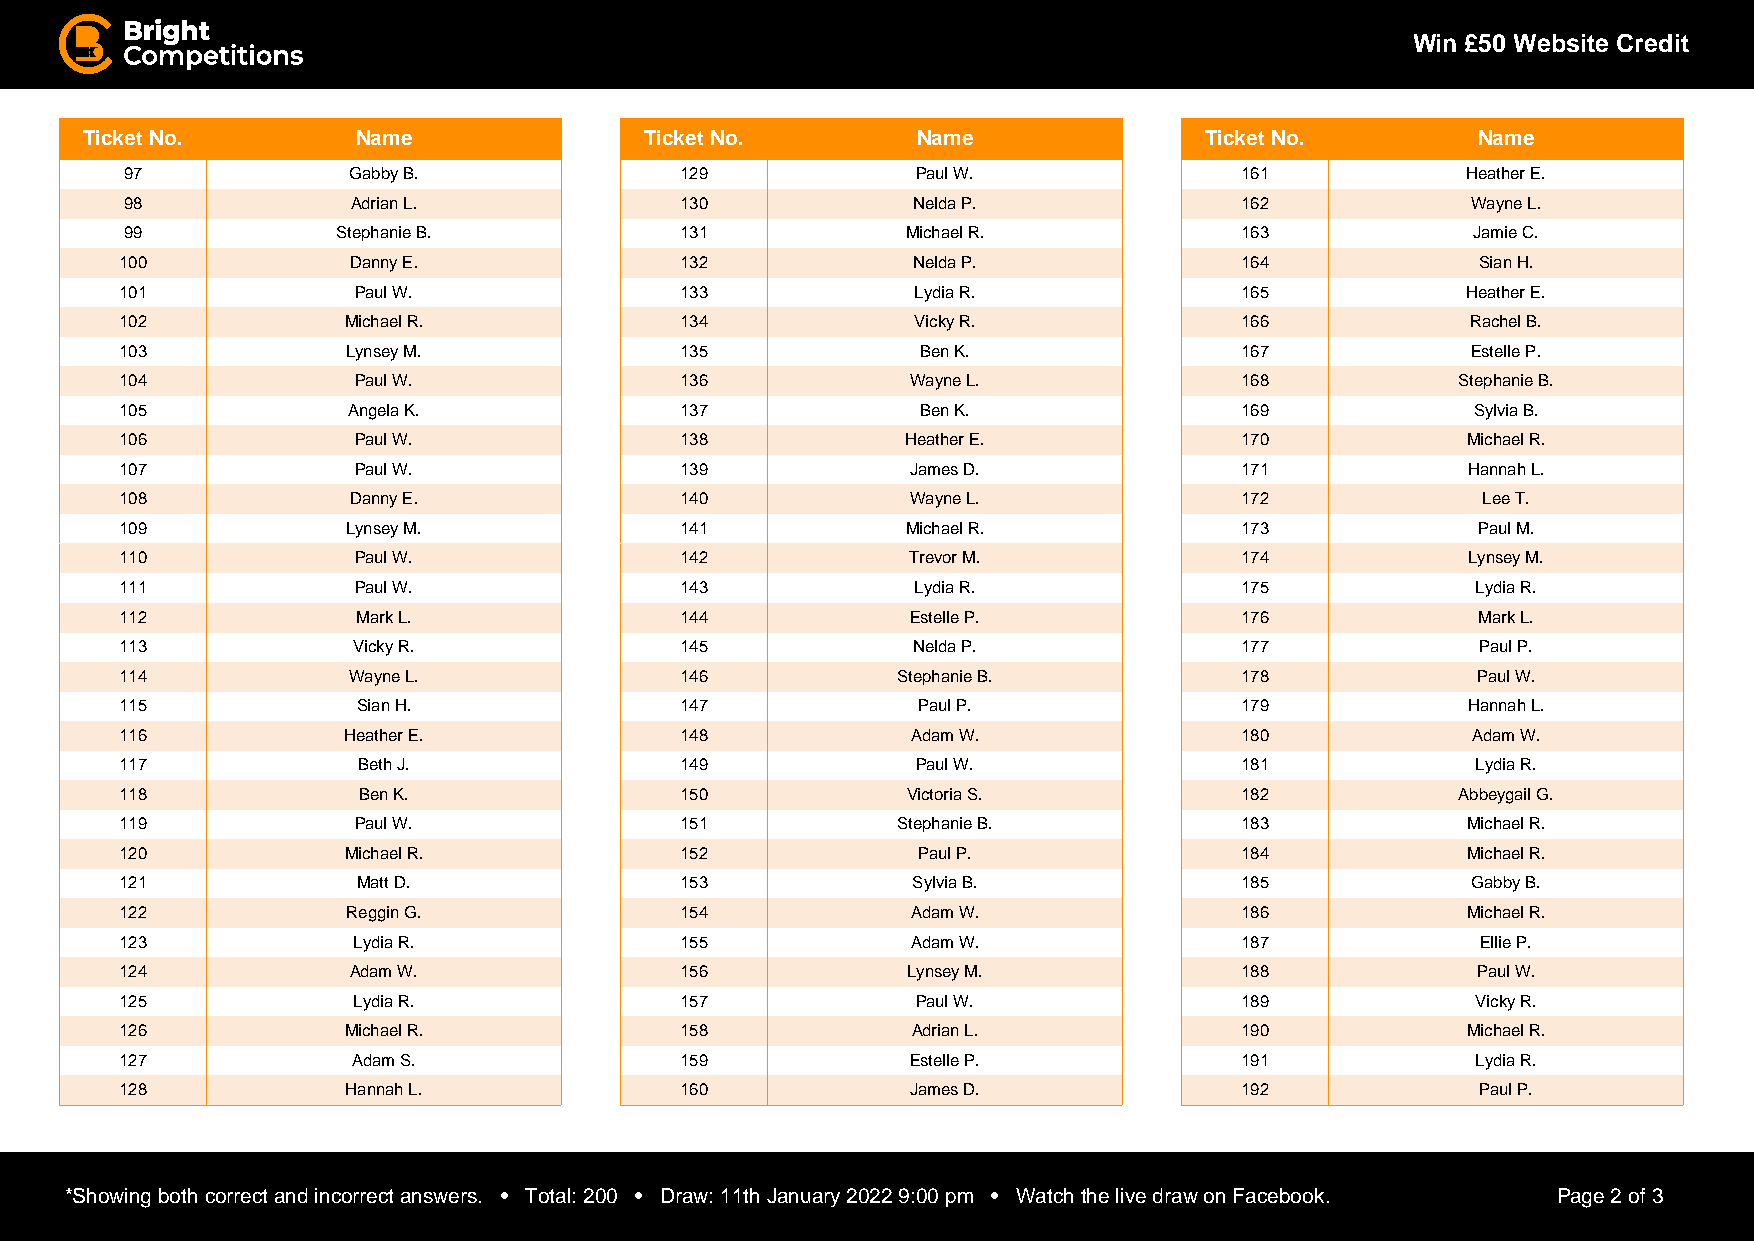
Win £50 Website Credit
 Ticket No.        Name               Ticket No.        Name               Ticket No.        Name
 97             Gabby B.              129             Paul W.              161            Heather E.
 98             Adrian L.             130            Nelda P.              162            Wayne L.
 99            Stephanie B.           131            Michael R.            163             Jamie C.
 100            Danny E.              132            Nelda P.              164             Sian H.
 101            Paul W.               133             Lydia R.             165            Heather E.
 102            Michael R.            134             Vicky R.             166            Rachel B.
 103            Lynsey M.             135             Ben K.               167            Estelle P.
 104            Paul W.               136            Wayne L.              168            Stephanie B.
 105            Angela K.             137             Ben K.               169             Sylvia B.
 106            Paul W.               138            Heather E.            170            Michael R.
 107            Paul W.               139            James D.              171            Hannah L.
 108            Danny E.              140            Wayne L.              172             Lee T.
 109            Lynsey M.             141            Michael R.            173             Paul M.
 110            Paul W.               142            Trevor M.             174            Lynsey M.
 111            Paul W.               143             Lydia R.             175             Lydia R.
 112             Mark L.              144            Estelle P.            176             Mark L.
 113            Vicky R.              145            Nelda P.              177             Paul P.
 114            Wayne L.              146           Stephanie B.           178             Paul W.
 115             Sian H.              147             Paul P.              179            Hannah L.
 116            Heather E.            148            Adam W.               180            Adam W.
 117             Beth J.              149             Paul W.              181             Lydia R.
 118             Ben K.               150            Victoria S.           182            Abbeygail G.
 119            Paul W.               151           Stephanie B.           183            Michael R.
 120            Michael R.            152             Paul P.              184            Michael R.
 121             Matt D.              153            Sylvia B.             185            Gabby B.
 122            Reggin G.             154            Adam W.               186            Michael R.
 123            Lydia R.              155            Adam W.               187             Ellie P.
 124            Adam W.               156            Lynsey M.             188             Paul W.
 125            Lydia R.              157             Paul W.              189             Vicky R.
 126            Michael R.            158            Adrian L.             190            Michael R.
 127            Adam S.               159            Estelle P.            191             Lydia R.
 128            Hannah L.             160            James D.              192             Paul P.
 *Showing both correct and incorrect answers. • Total: 200 • Draw: 11th January 2022 9:00 pm • Watch the live draw on Facebook. Page 2 of 3